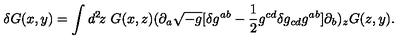
\delta G ( x , y ) = \int d ^ { 2 } \! z \ G ( x , z ) ( \partial _ { a } \sqrt { - g } [ \delta g ^ { a b } - { \frac { 1 } { 2 } } g ^ { c d } \delta g _ { c d } g ^ { a b } ] \partial _ { b } ) _ { z } G ( z , y ) .